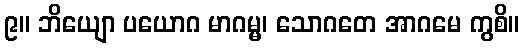
၉။ ဘိယျော ပယောဂ မာဂမ္မ၊ သောဂတေ အာဂမေ ကွစိ။